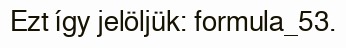
Ezt így jelöljük: formula_53.